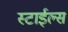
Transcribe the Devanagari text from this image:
स्टाईल्स